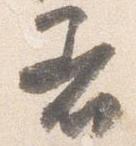
着